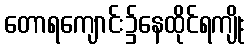
တောရကျောင်း၌နေထိုင်ရကျိုး